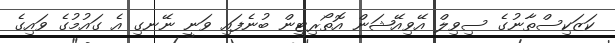
ކަޒަކިސްތާނުގެ ސިވިލް އޭވިއޭޝަން އޮތޯރިޓީން ބުނެފައި ވަނީ ނޭނގި އެ ގައުމުގެ ވައިގެ